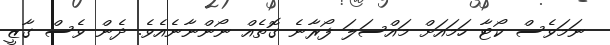
ނަމަވެސް ކޯޓާ ހަމައަށް މައްސަލަ ފޯރާނެ ގޮތެއް ނޯންނާނެއެވެ. ދެން ވެސް ގާޒީ